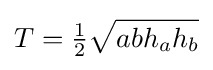
T={\tfrac {1}{2}}{\sqrt {abh_{a}h_{b}}}